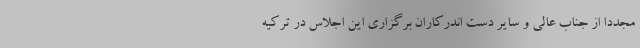
مجددا از جناب عالی و سایر دست اندرکاران برگزاری این اجلاس در ترکیه